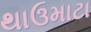
થાઉમાટા